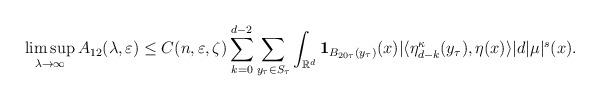
LaTeX: \begin{align*}\limsup_{\lambda\to\infty}A_{12}(\lambda,\varepsilon)&\leq C(n,\varepsilon,\zeta) \sum_{k=0}^{d-2}\sum_{y_{\tau}\in S_{\tau}} \int_{\mathbb{R}^d}\mathbf{1}_{B_{20\tau}(y_{\tau})}(x)|\langle \eta_{d-k}^{\kappa}(y_{\tau}), \eta(x)\rangle| d|\mu|^{s}(x).\end{align*}